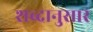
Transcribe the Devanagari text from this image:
शब्दानुसार